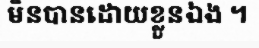
មិនបានដោយខ្លួនឯង ។